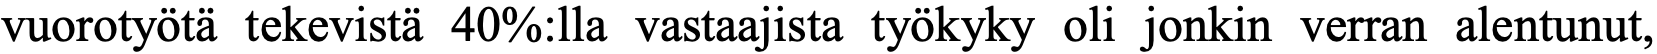
vuorotyötä tekevistä 40%:lla vastaajista työkyky oli jonkin verran alentunut,